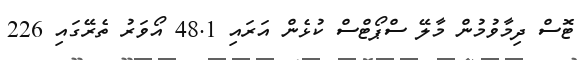
ޓޮސް ދިމާވުމުން މާލޭ ސްޕޯޓްސް ކުޅެން އަރައި 48.1 އޯވަރު ތެރޭގައި 226